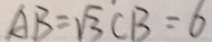
A B = \sqrt { 3 } C B = 6